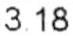
3.18